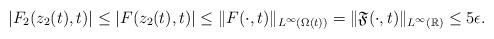
LaTeX: \begin{align*}|F_2(z_2(t),t)|\leq |F(z_2(t),t)|\leq \|F(\cdot,t)\|_{L^{\infty}(\Omega(t))}=\|\mathfrak{F}(\cdot,t)\|_{L^{\infty}(\mathbb{R})}\leq 5\epsilon.\end{align*}